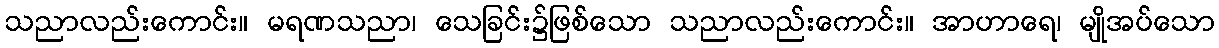
သညာလည်းကောင်း။ မရဏသညာ၊ သေခြင်း၌ဖြစ်သော သညာလည်းကောင်း။ အာဟာရေ၊ မျိုအပ်သော